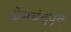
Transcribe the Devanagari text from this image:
प्रेमचंदपूर्व